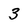
Character: 3